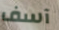
آسف